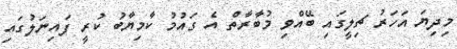
މިދިޔަ އަހަރު ޗިލީގައި ބޭއްވި މުބާރާތް އެ ގައުމު ކާމިޔާބު ކުރީ ފައިނަލުގައި